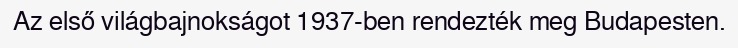
Az első világbajnokságot 1937-ben rendezték meg Budapesten.